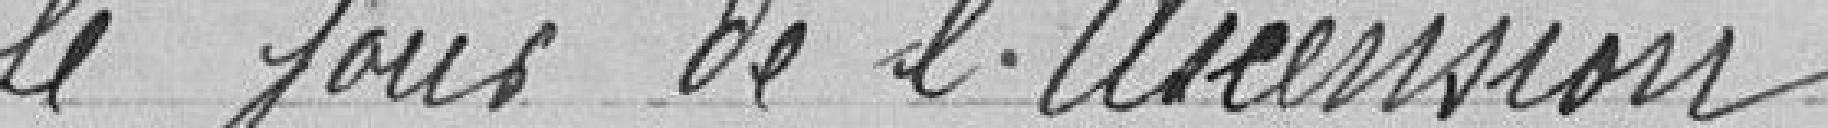
le jour de l'Ascension